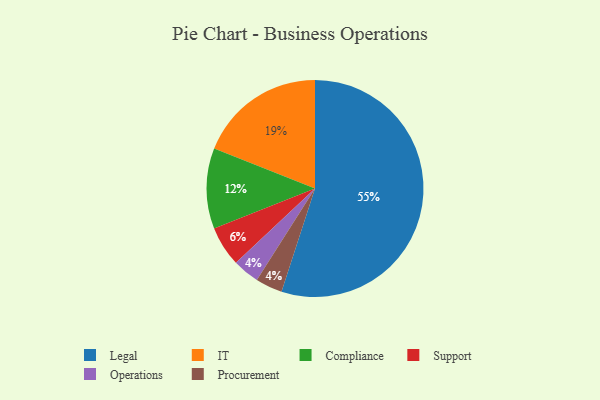
{"axis": {"x": "Category", "y": "Percentage"}, "legend": ["Compliance", "IT", "Legal", "Operations", "Procurement", "Support"], "data": [{"x": "Operations", "y": 4, "type": "Operations"}, {"x": "Support", "y": 6, "type": "Support"}, {"x": "Legal", "y": 55, "type": "Legal"}, {"x": "Compliance", "y": 12, "type": "Compliance"}, {"x": "IT", "y": 19, "type": "IT"}, {"x": "Procurement", "y": 4, "type": "Procurement"}]}